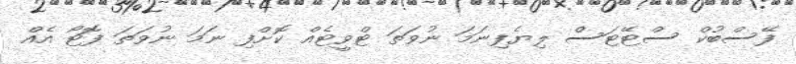
ފޭސްބުކް ސްޓޭޓަސް ލިޔެފިނަމަ ނުވަތަ ޓްވީޓެއް ކޮށްފި ނަމަ ނުވަތަ ފޮޓޯ އެއް